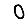
Digit: 0